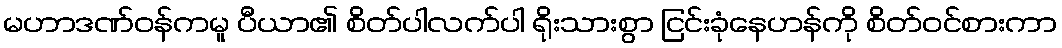
မဟာဒဏ်ဝန်ကမူ ပီယာ၏ စိတ်ပါလက်ပါ ရိုးသားစွာ ငြင်းခုံနေဟန်ကို စိတ်ဝင်စားကာ